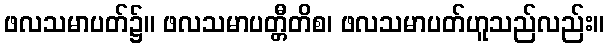
ဖလသမာပတ်၌။ ဖလသမာပတ္တီတိစ၊ ဖလသမာပတ်ဟူသည်လည်း။